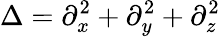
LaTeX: \Delta=\partial_{x}^{2}+\partial_{y}^{2}+\partial_{z}^{2}